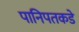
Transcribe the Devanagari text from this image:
पानिपतकडे